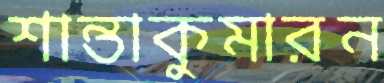
শান্তাকুমারন